Materia medica of Madras volume I
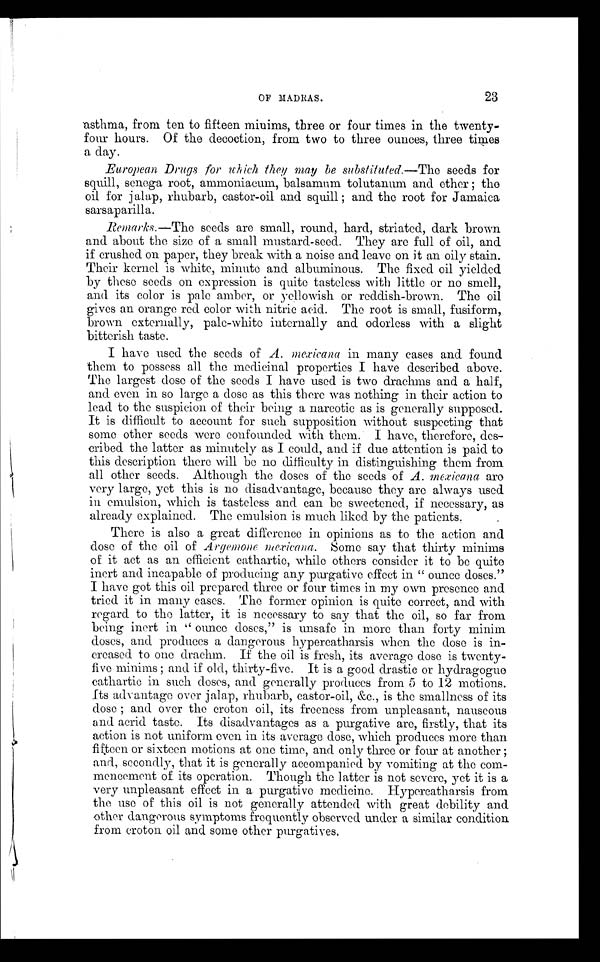
OF MADRAS.
23
asthma, from ten to fifteen minims, three or four times in the twenty-
four hours. Of the decoction, from two to three ounces, three times
a day.
European Drugs for which they may be substituted.—The seeds for
squill, senega root, ammoniacum, balsamum tolutanum and other; the
oil for jalap, rhubarb, castor-oil and squill; and the root for Jamaica
sarsaparilla.
Remarks.—The seeds are small, round, hard, striated, dark brown
and about the size of a small mustard-seed. They are full of oil, and
if crushed on paper, they break with a noise and leave on it an oily stain.
Their kernel is white, minute and albuminous. The fixed oil yielded
by these seeds on expression is quite tasteless with little or no smell,
and its color is pale amber, or yellowish or reddish-brown. The oil
gives an orange red color with nitric acid. The root is small, fusiform,
brown externally, pale-white internally and odorless with a slight
bitterish taste.
I have used the seeds of A. mexicana in many cases and found
them to possess all the medicinal properties I have described above.
The largest dose of the seeds I have used is two drachms and a half,
and even in so large a dose as this there was nothing in their action to
lead to the suspicion of their being a narcotic as is generally supposed.
It is difficult to account for such supposition without suspecting that
some other seeds were confounded with them. I have, therefore, des-
cribed the latter as minutely as I could, and if due attention is paid to
this description there will be no difficulty in distinguishing them from
all other seeds. Although the doses of the seeds of A. mexicana are
very large, yet this is no disadvantage, because they are always used
in emulsion, which is tasteless and can be sweetened, if necessary, as
already explained. The emulsion is much liked by the patients.
There is also a great difference in opinions as to the action and
dose of the oil of Argemone mexicana. Some say that thirty minims
of it act as an efficient cathartic, while others consider it to be quite
inert and incapable of producing any purgative effect in " ounce doses."
I have got this oil prepared three or four times in my own presence and
tried it in many cases. The former opinion is quite correct, and with
regard to the latter, it is necessary to say that the oil, so far from
being inert in " ounce doses," is unsafe in more than forty minim
doses, and produces a dangerous hypercatharsis when the dose is in-
creased to one drachm. If the oil is fresh, its average dose is twenty-
five minims; and if old, thirty-five. It is a good drastic or hydragogue
cathartic in such doses, and generally produces from 5 to 12 motions.
Its advantage over jalap, rhubarb, castor-oil, &c., is the smallness of its
dose; and over the croton oil, its freeness from unpleasant, nauseous
and acrid taste. Its disadvantages as a purgative are, firstly, that its
action is not uniform even in its average dose, which produces more than
fifteen or sixteen motions at one time, and only three or four at another;
and, secondly, that it is generally accompanied by vomiting at the com-
mencement of its operation. Though the latter is not severe, yet it is a
very unpleasant effect in a purgative medicine. Hy percatharsis from
the use of this oil is not generally attended with great debility and
other dangerous symptoms frequently observed under a similar condition
from croton oil and some other purgatives.